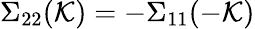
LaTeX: \Sigma_{22}(\mathcal{K})=-\Sigma_{11}(-\mathcal{K})